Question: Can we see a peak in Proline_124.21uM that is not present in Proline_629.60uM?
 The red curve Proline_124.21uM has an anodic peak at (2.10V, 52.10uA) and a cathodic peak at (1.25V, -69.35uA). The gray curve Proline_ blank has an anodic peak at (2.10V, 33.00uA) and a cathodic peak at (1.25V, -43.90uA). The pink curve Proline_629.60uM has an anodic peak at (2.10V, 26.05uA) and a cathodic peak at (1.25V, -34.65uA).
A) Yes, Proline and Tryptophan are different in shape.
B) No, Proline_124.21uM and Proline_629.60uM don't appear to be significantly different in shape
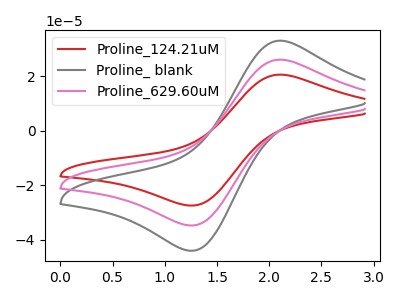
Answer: <think>All the peaks in "Proline_124.21uM" have a peak in "Proline_629.60uM" at the same potential. Every peak in "Proline_124.21uM" is higher than every peak in "Proline_629.60uM".
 </think>
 <answer>B) No, "Proline_124.21uM" and "Proline_629.60uM" don't appear to be significantly different in shape</answer>
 <eval>B</eval>